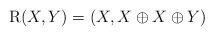
LaTeX: \begin{gather*}\mathrm{R}(X,Y) = (X, X\oplus X\oplus Y)\end{gather*}